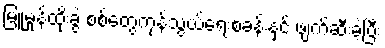
မြူမှုန်ထိုးခွဲ စစ်တွေကုန်သွယ်ရေးစခန်းနှင့် ဖျက်ဆီးခဲ့ပြီး